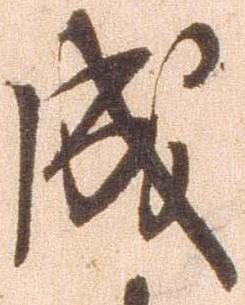
成